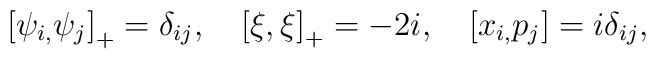
\left[ \psi _{i,}\psi _{j}\right] _{+}= \delta _{ij},\quad \left[ \xi , \xi\right] _{+}=-2i,\quad \left[ x_{i,}p_{j}\right] =i\delta _{ij},